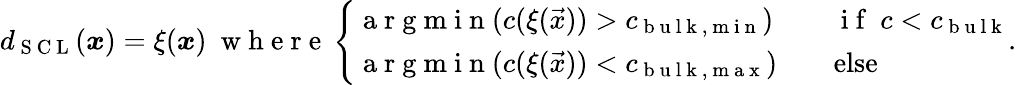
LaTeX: d_{\mathrm{~S~C~L~}}(\boldsymbol{x})=\xi(\boldsymbol{x})\ \mathrm{~w~h~e~r~e~}\left\{ \begin{array}{ll}{\mathrm{~a~r~g~m~i~n~}(c(\xi(\vec{x}))>c_{\mathrm{~b~u~l~k~,~m~i~n~}})}&{\quad\mathrm{~i~f~}\ c<c_{\mathrm{~b~u~l~k~}}}\\ {\mathrm{~a~r~g~m~i~n~}(c(\xi(\vec{x}))<c_{\mathrm{~b~u~l~k~,~m~a~x~}})}&{\quad\textrm{else}}\end{array}\right..